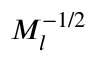
M _ { l } ^ { - 1 / 2 }